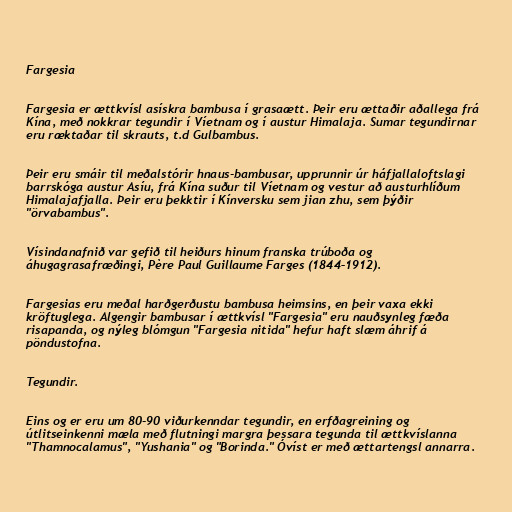
Fargesia

Fargesia er ættkvísl asískra bambusa í grasaætt. Þeir eru ættaðir aðallega frá
Kína, með nokkrar tegundir í Víetnam og í austur Himalaja. Sumar tegundirnar
eru ræktaðar til skrauts, t.d Gulbambus.

Þeir eru smáir til meðalstórir hnaus-bambusar, upprunnir úr háfjallaloftslagi
barrskóga austur Asíu, frá Kína suður til Víetnam og vestur að austurhlíðum
Himalajafjalla. Þeir eru þekktir í Kínversku sem jian zhu, sem þýðir
"örvabambus".

Vísindanafnið var gefið til heiðurs hinum franska trúboða og
áhugagrasafræðingi, Père Paul Guillaume Farges (1844–1912).

Fargesias eru meðal harðgerðustu bambusa heimsins, en þeir vaxa ekki
kröftuglega. Algengir bambusar í ættkvísl "Fargesia" eru nauðsynleg fæða
risapanda, og nýleg blómgun "Fargesia nitida" hefur haft slæm áhrif á
pöndustofna.

Tegundir.

Eins og er eru um 80-90 viðurkenndar tegundir, en erfðagreining og
útlitseinkenni mæla með flutningi margra þessara tegunda til ættkvíslanna
"Thamnocalamus", "Yushania" og "Borinda." Óvíst er með ættartengsl annarra.